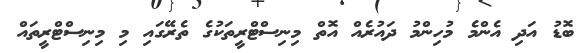
ބޮޑު އަދި އެންމެ މުހިންމު ދައުރެއް އޮތް މިނިސްޓްރީތަކުގެ ތެރޭގައި މި މިނިސްޓްރީތައް